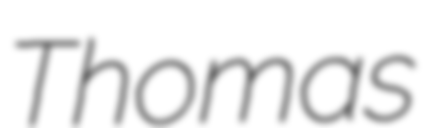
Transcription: Thomas